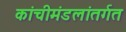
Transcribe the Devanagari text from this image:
कांचीमंडलांतर्गत